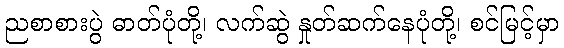
ညစာစားပွဲ ဓာတ်ပုံတို့၊ လက်ဆွဲ နှုတ်ဆက်နေပုံတို့၊ စင်မြင့်မှာ